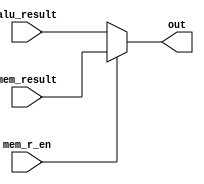
module write_back(
    input [31:0] alu_result,
    input [31:0] mem_result,
    input mem_r_en,
    output [31:0] out
);

assign out = mem_r_en ? mem_result : alu_result;

endmodule // write_back